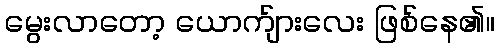
မွေးလာတော့ ယောက်ျားလေး ဖြစ်နေ၏။